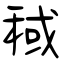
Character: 稢